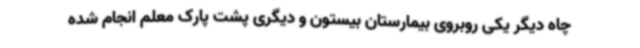
چاه دیگر یکی روبروی بیمارستان بیستون و دیگری پشت پارک معلم انجام شده